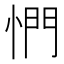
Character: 㥃